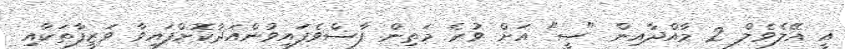
އީ އޭލެވެލް 2 މާއްދާއިން "ސީ" އަށް ވުރެ މަތިން ފާސްވެފައިވުންއަދާކޮށްފައިވާ ވަޒީފާތަކާއި